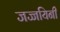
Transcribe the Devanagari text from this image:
जज्जयिनी